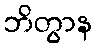
ဘိတွာန